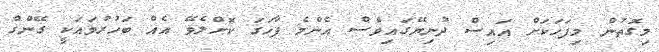
މިގޮތުން މިފަހަކަށް އައިސް ދުނިޔޭގައިވެސް އެންމެ ފާހަގަ ކޮށްލެވޭ އެއް ބަހުރުވައަކީ ގޭންގް